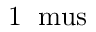
1 \: \mathrm { \ m u s }